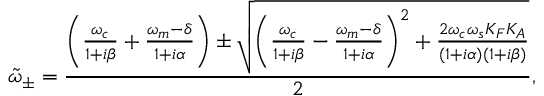
\tilde { \omega } _ { \pm } = \frac { \left( \frac { \omega _ { c } } { 1 + i \beta } + \frac { \omega _ { m } - \delta } { 1 + i \alpha } \right) \pm \sqrt { \left( \frac { \omega _ { c } } { 1 + i \beta } - \frac { \omega _ { m } - \delta } { 1 + i \alpha } \right) ^ { 2 } + \frac { 2 \omega _ { c } \omega _ { s } K _ { F } K _ { A } } { ( 1 + i \alpha ) ( 1 + i \beta ) } } } { 2 } ,